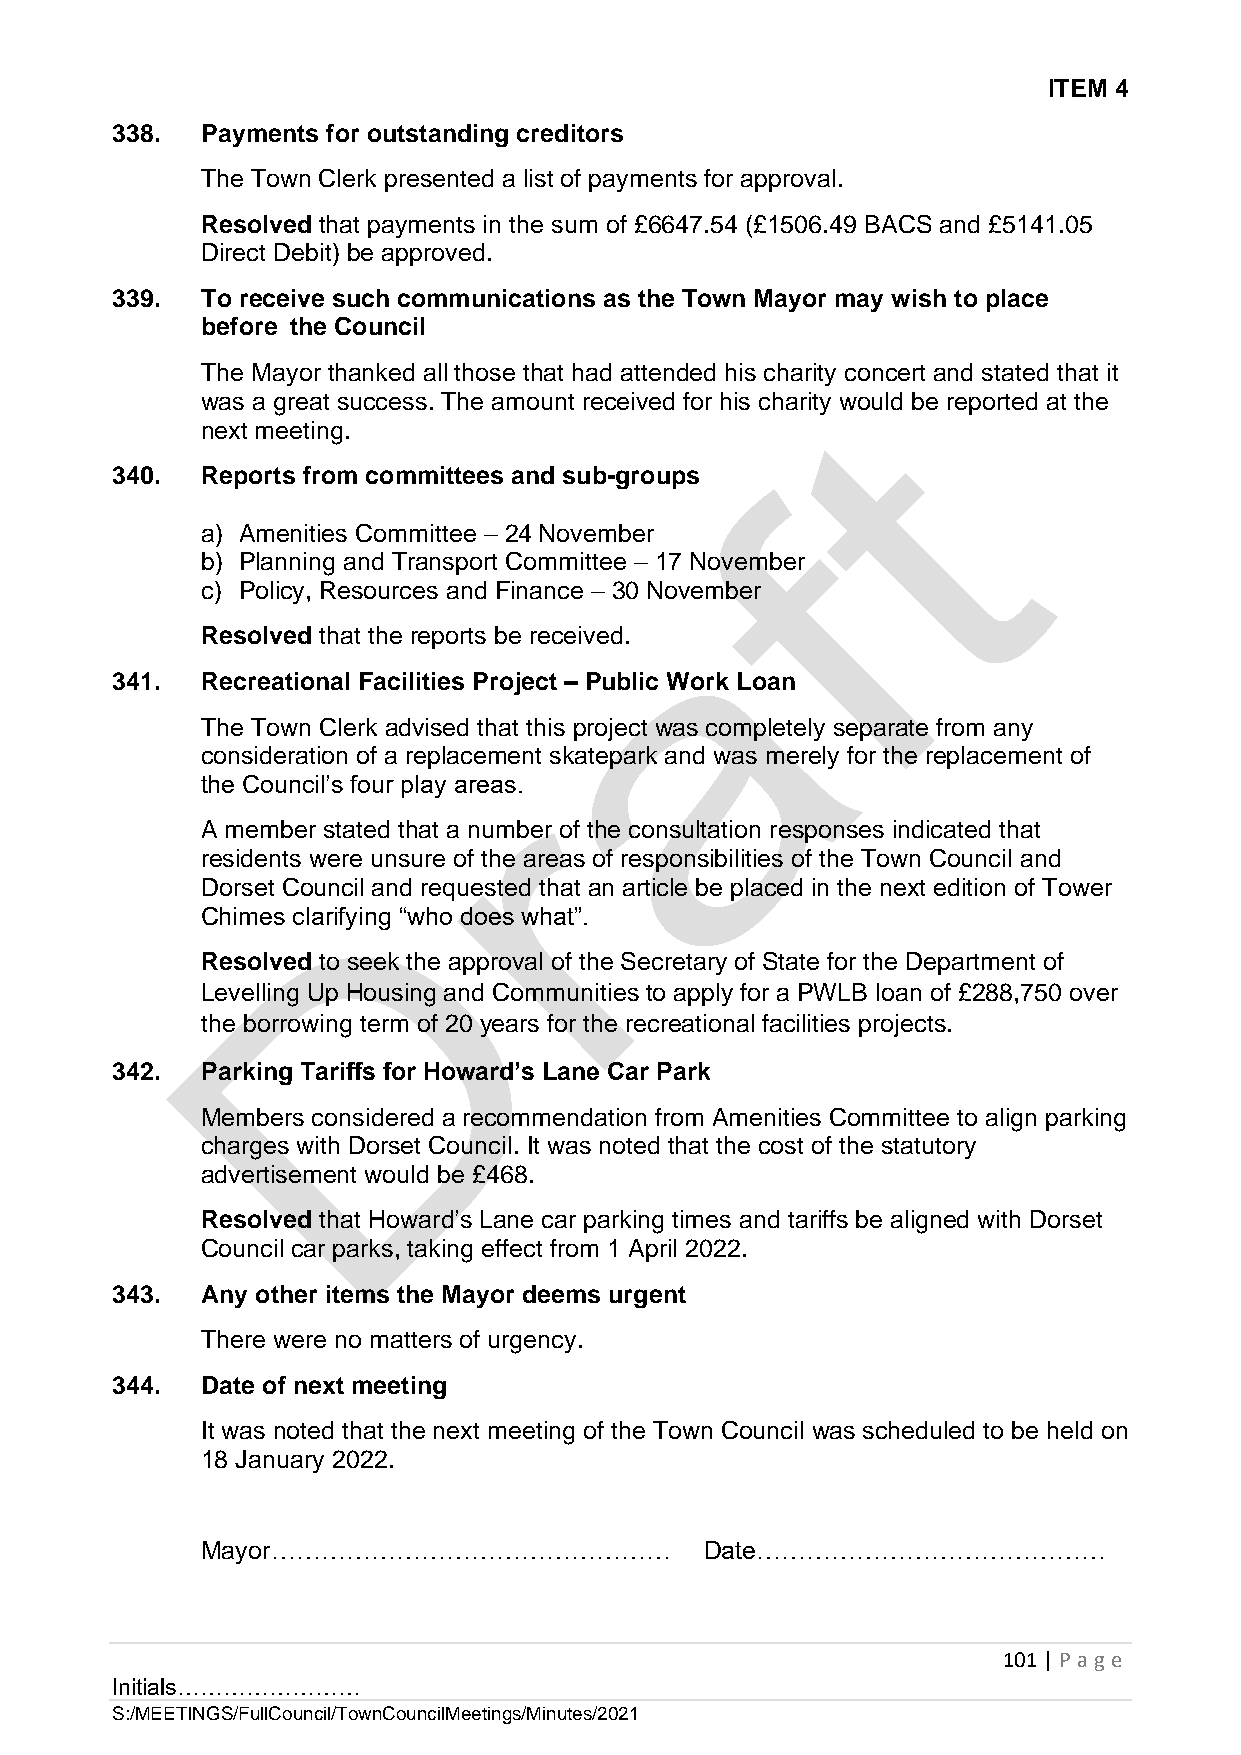
ITEM 4
 338.  Payments for outstanding creditors
 The Town Clerk presented a list of payments for approval.
 Resolved that payments in the sum of £6647.54 (£1506.49 BACS and £5141.05
 Direct Debit) be approved.
 339.  To receive such communications as the Town Mayor may wish to place
 before the Council
 The Mayor thanked all those that had attended his charity concert and stated that it
 was a great success. The amount received for his charity would be reported at the
 next meeting.
 340.  Reports from committees and sub-groups
 a) Amenities Committee – 24 November
 b) Planning and Transport Committee – 17 November
 c) Policy, Resources and Finance – 30 November
 Resolved that the reports be received.
 341.  Recreational Facilities Project – Public Work Loan
 The Town Clerk advised that this project was completely separate from any
 consideration of a replacement skatepark and was merely for the replacement of
 the Council’s four play areas.
 A member stated that a number of the consultation responses indicated that
 residents were unsure of the areas of responsibilities of the Town Council and
 Dorset Council and requested that an article be placed in the next edition of Tower
 Chimes clarifying “who does what”.
 Resolved to seek the approval of the Secretary of State for the Department of
 Levelling Up Housing and Communities to apply for a PWLB loan of £288,750 over
 the borrowing term of 20 years for the recreational facilities projects.
 342.  Parking Tariffs for Howard’s Lane Car Park
 Members considered a recommendation from Amenities Committee to align parking
 charges with Dorset Council. It was noted that the cost of the statutory
 advertisement would be £468.
 Resolved that Howard’s Lane car parking times and tariffs be aligned with Dorset
 Council car parks, taking effect from 1 April 2022.
 343.  Any other items the Mayor deems urgent
 There were no matters of urgency.
 344.  Date of next meeting
 It was noted that the next meeting of the Town Council was scheduled to be held on
 18 January 2022.
 Mayor…………………………………………             Date……………………………………
 101 | P age
 Initials……………………
 S:/MEETINGS/FullCouncil/TownCouncilMeetings/Minutes/2021